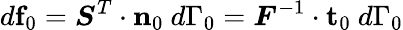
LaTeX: d\mathbf{f}_{0}={\boldsymbol{S}}^{T}\cdot\mathbf{n}_{0}~d\Gamma_{0}={\boldsymbol{F}}^{-1}\cdot\mathbf{t}_{0}~d\Gamma_{0}